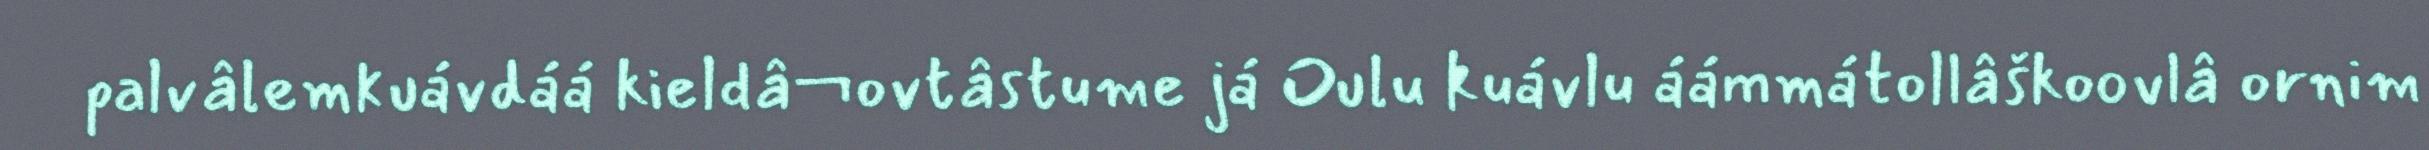
palvâlemkuávdáá kieldâ¬ovtâstume já Oulu kuávlu áámmátollâškoovlâ ornim